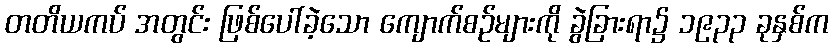
တတိယကပ် အတွင်း ဖြစ်ပေါ်ခဲ့သော ကျောက်စဉ်များကို ခွဲခြားရာ၌ ၁၉၃၃ ခုနှစ်က